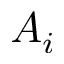
A _ { i }